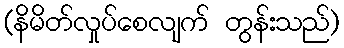
(နိမိတ်လှုပ်စေလျက် တွန်းသည်)